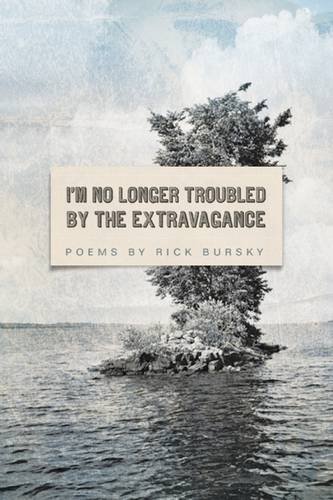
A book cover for I'm No Longer Troubled by the Extravagance (American Poets Continuum); Rick Bursky; Literature & Fiction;